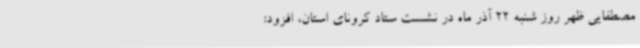
مصطفایی ظهر روز شنبه 22 آذر ماه در نشست ستاد کرونای استان، افزود: